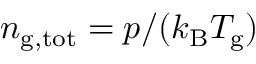
n _ { \mathrm { g , t o t } } = p / ( k _ { \mathrm { B } } T _ { \mathrm { g } } )